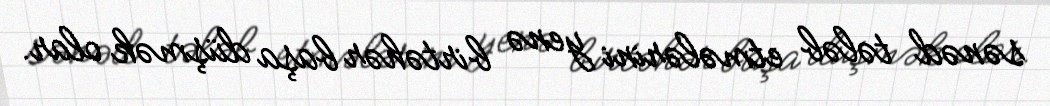
sənəd tələb etmələrini yenə birtəhər başa düşmək olar.